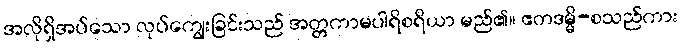
အလိုရှိအပ်သော လုပ်ကျွေးခြင်းသည် အတ္တကာမပါရိစရိယာ မည်၏။ ဧတဒမ္မိ-စသည်ကား